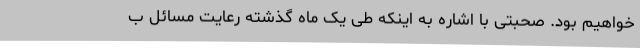
خواهیم بود. صحبتی با اشاره به اینکه طی یک ماه گذشته رعایت مسائل ب